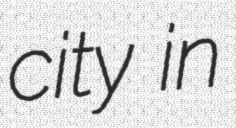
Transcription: city in